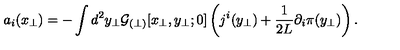
a _ { i } ( x _ { \perp } ) = - \int d ^ { 2 } y _ { \perp } { \cal G } _ { ( \perp ) } [ x _ { \perp } , y _ { \perp } ; 0 ] \left( j ^ { i } ( y _ { \perp } ) + \frac { 1 } { 2 L } \partial _ { i } \pi ( y _ { \perp } ) \right) .